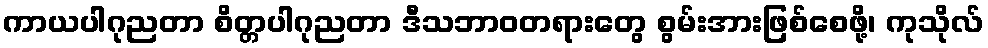
ကာယပါဂုညတာ စိတ္တပါဂုညတာ ဒီသဘာဝတရားတွေ စွမ်းအားဖြစ်စေဖို့၊ ကုသိုလ်